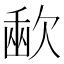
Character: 𣣨